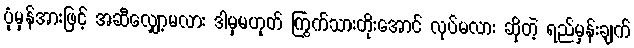
ပုံမှန်အားဖြင့် အဆီလျှော့မလား ဒါမှမဟုတ် ကြွက်သားတိုးအောင် လုပ်မလား ဆိုတဲ့ ရည်မှန်းချက်